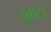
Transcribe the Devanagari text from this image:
दुकटा